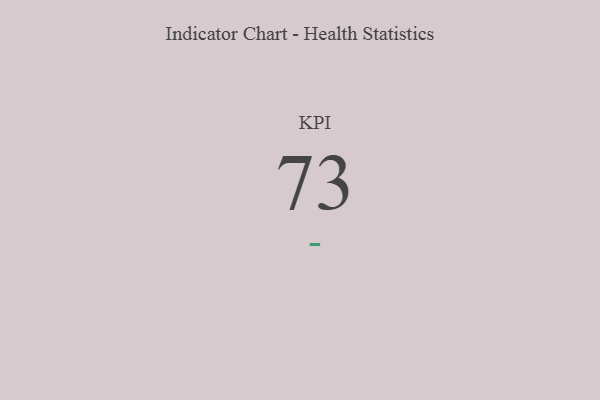
{"axis": {"x": "KPI", "y": "Value"}, "legend": [""], "data": [{"x": "KPI", "y": 73, "type": ""}]}